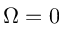
\Omega = 0